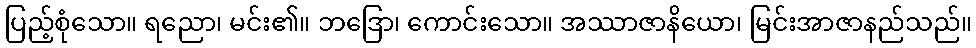
ပြည့်စုံသော။ ရညော၊ မင်း၏။ ဘဒြော၊ ကောင်းသော။ အဿာဇာနိယော၊ မြင်းအာဇာနည်သည်။